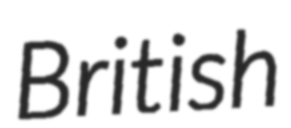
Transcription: British